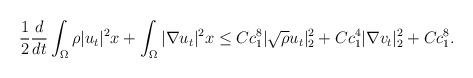
LaTeX: \begin{align*}&\frac{1}{2}\frac{d}{dt}\int_{\Omega}\rho |u_t|^2 x+\int_{\Omega}|\nabla u_t|^2x\leq Cc^{8}_1|\sqrt{\rho}u_t|^2_{2}+Cc^4_1|\nabla v_t|^2_{2}+Cc^{8}_1.\end{align*}